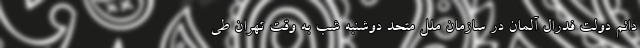
دائم دولت فدرال آلمان در سازمان ملل متحد دوشنبه شب به وقت تهران طی